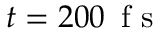
t = 2 0 0 \, \mathrm { ~ f ~ s ~ }